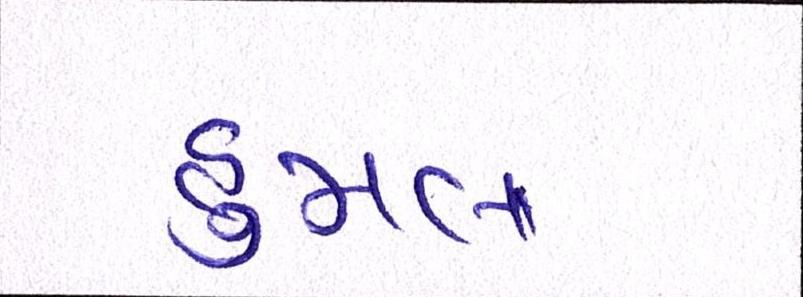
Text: હુમલા